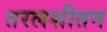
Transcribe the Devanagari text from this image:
तरलशीतन